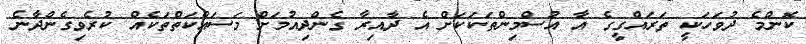
ކޮންމެ ދުވަހަކީ ތަރައްގީގެ އާ އުސްމިންތަކަކަށް އެ ދާއިރާ ގެންދިއުމަށް މަސައްކަތްތަކެއް ކުރެވިގެންދާނެ